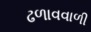
ઢળાવવાળી